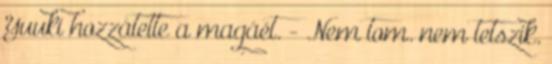
Yuuki hozzátette a magáét. - Nem tom. nem tetszik.